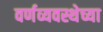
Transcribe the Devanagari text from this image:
वर्णव्यवस्थेच्या